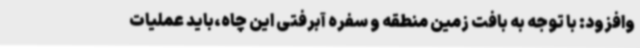
وافزود: با توجه به بافت زمین منطقه و سفره آبرفتی این چاه،باید عملیات